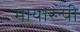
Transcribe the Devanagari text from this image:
मायारूपी